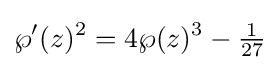
\wp '(z)^{2}=4\wp (z)^{3}-{\tfrac {1}{27}}